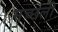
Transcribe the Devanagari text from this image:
मच्छली